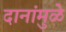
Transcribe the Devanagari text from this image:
दानांमुळे